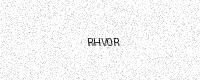
Text: RHV0R